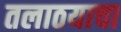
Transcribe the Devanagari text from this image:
तलाठयाचा